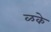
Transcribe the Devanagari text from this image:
ळके